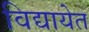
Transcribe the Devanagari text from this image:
विद्यायेत